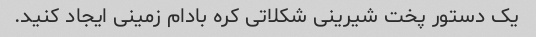
یک دستور پخت شیرینی شکلاتی کره بادام زمینی ایجاد کنید.